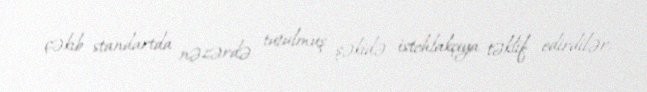
çəkib standartda nəzərdə tutulmuş şəkidə istehlakçıya təklif edirdilər.